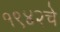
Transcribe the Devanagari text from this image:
१९४२चे